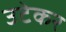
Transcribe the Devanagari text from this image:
उटेकर